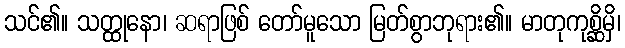
သင်၏။ သတ္ထုနော၊ ဆရာဖြစ် တော်မူသော မြတ်စွာဘုရား၏။ မာတုကုစ္ဆိမှိ၊